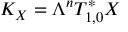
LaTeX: K _ { X } = \Lambda ^ { n } T _ { 1 , 0 } ^ { * } X